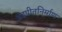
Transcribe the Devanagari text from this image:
अंडपीतनिर्माण